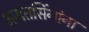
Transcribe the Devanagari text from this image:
भगतसिंगांना